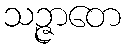
သဉ္ဇာတေ